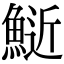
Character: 𫙧